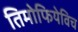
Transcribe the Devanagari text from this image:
तिमोफियेविच